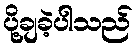
ပို့ချခဲ့ပါသည်